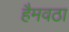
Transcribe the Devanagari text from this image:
हैमवठा